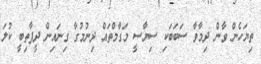
ތިޔަހެން ވާން ދިމާވާ ސަބަބަކި ސިޔާސީ މަގާމްތައް ދިނުމުގާ ގިނައިން ދީފާތިބީ ކުލަ